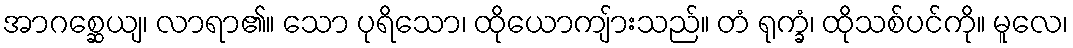
အာဂစ္ဆေယျ၊ လာရာ၏။ သော ပုရိသော၊ ထိုယောကျ်ားသည်။ တံ ရုက္ခံ၊ ထိုသစ်ပင်ကို။ မူလေ၊